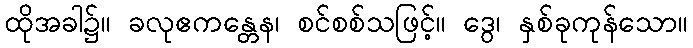
ထိုအခါ၌။ ခလုဧကန္တေန၊ စင်စစ်သဖြင့်။ ဒွေ၊ နှစ်ခုကုန်သော။